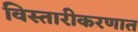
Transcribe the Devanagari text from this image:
विस्तारीकरणात